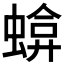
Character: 𧍬